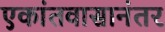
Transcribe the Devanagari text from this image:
एकांतवासानंतर